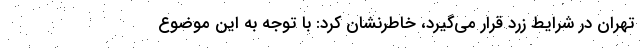
تهران در شرایط زرد قرار می‌گیرد، خاطرنشان کرد: با توجه به این موضوع